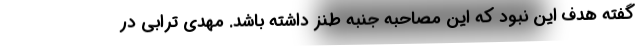
گفته هدف این نبود که این مصاحبه جنبه طنز داشته باشد. مهدی ترابی در